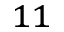
^ { 1 1 }